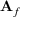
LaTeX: \mathbf { A } _ { f }